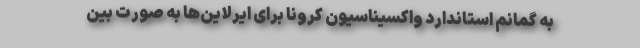
به گمانم استاندارد واکسیناسیون کرونا برای ایرلاین‌ها به صورت بین‌